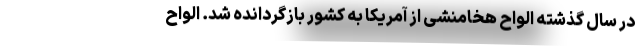
در سال گذشته الواح هخامنشی از آمریکا به کشور بازگردانده شد. الواح